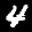
Label: 4